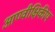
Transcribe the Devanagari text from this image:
आण्वीक्षिकीय